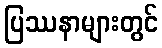
ပြဿနာများတွင်